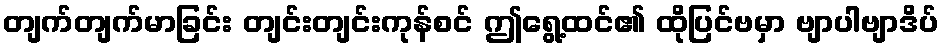
တျက်တျက်မာခြင်း တျင်းတျင်းကုန်စင် ဤရွေ့ထင်၏ ထိုပြင်ဗမှာ ဗျာပါဗျာဒိပ်